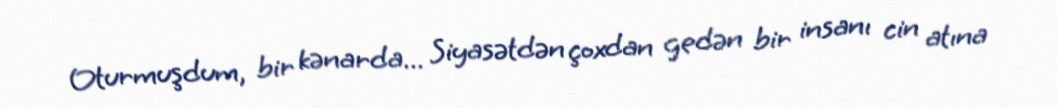
Oturmuşdum, bir kənarda... Siyasətdən çoxdan gedən bir insanı cin atına